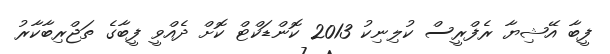
ފީބާ އޭޝިޔާ ރެފްރީސް ކުލިނިކު 2013 ކޮންޑަކްޓް ކޮށް ދެއްވީ ފީބާގެ ތަޖްރިބާކާރު